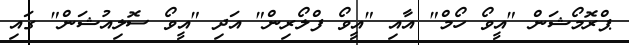
ޕްރޮމޯޝަން "އީވޯ ހޯމް" އާއި "އީވޯ ފްލޯރިން" އަދި "އީވޯ ސޮލިއުޝަން" ގައި